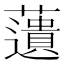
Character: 𧂠